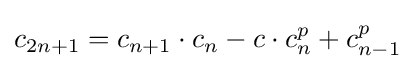
c_{2n+1}=c_{n+1}\cdot c_{n}-c\cdot c_{n}^{p}+c_{n-1}^{p}